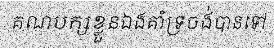
គណបក្សខ្លួនឯងគាំទ្រចង់បានទៅ